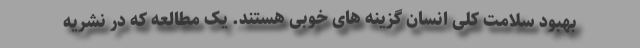
بهبود سلامت کلی انسان گزینه های خوبی هستند. یک مطالعه که در نشریه